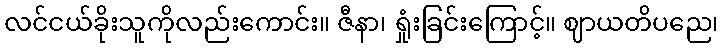
လင်ငယ်ခိုးသူကိုလည်းကောင်း။ ဇီနာ၊ ရှုံးခြင်းကြောင့်။ ဈာယတိပညေ၊